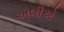
એલીએ